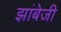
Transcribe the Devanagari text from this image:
झांबेजी